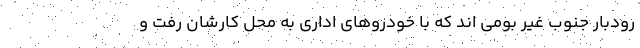
رودبار جنوب غیر بومی اند که با خودروهای اداری به محل کارشان رفت و